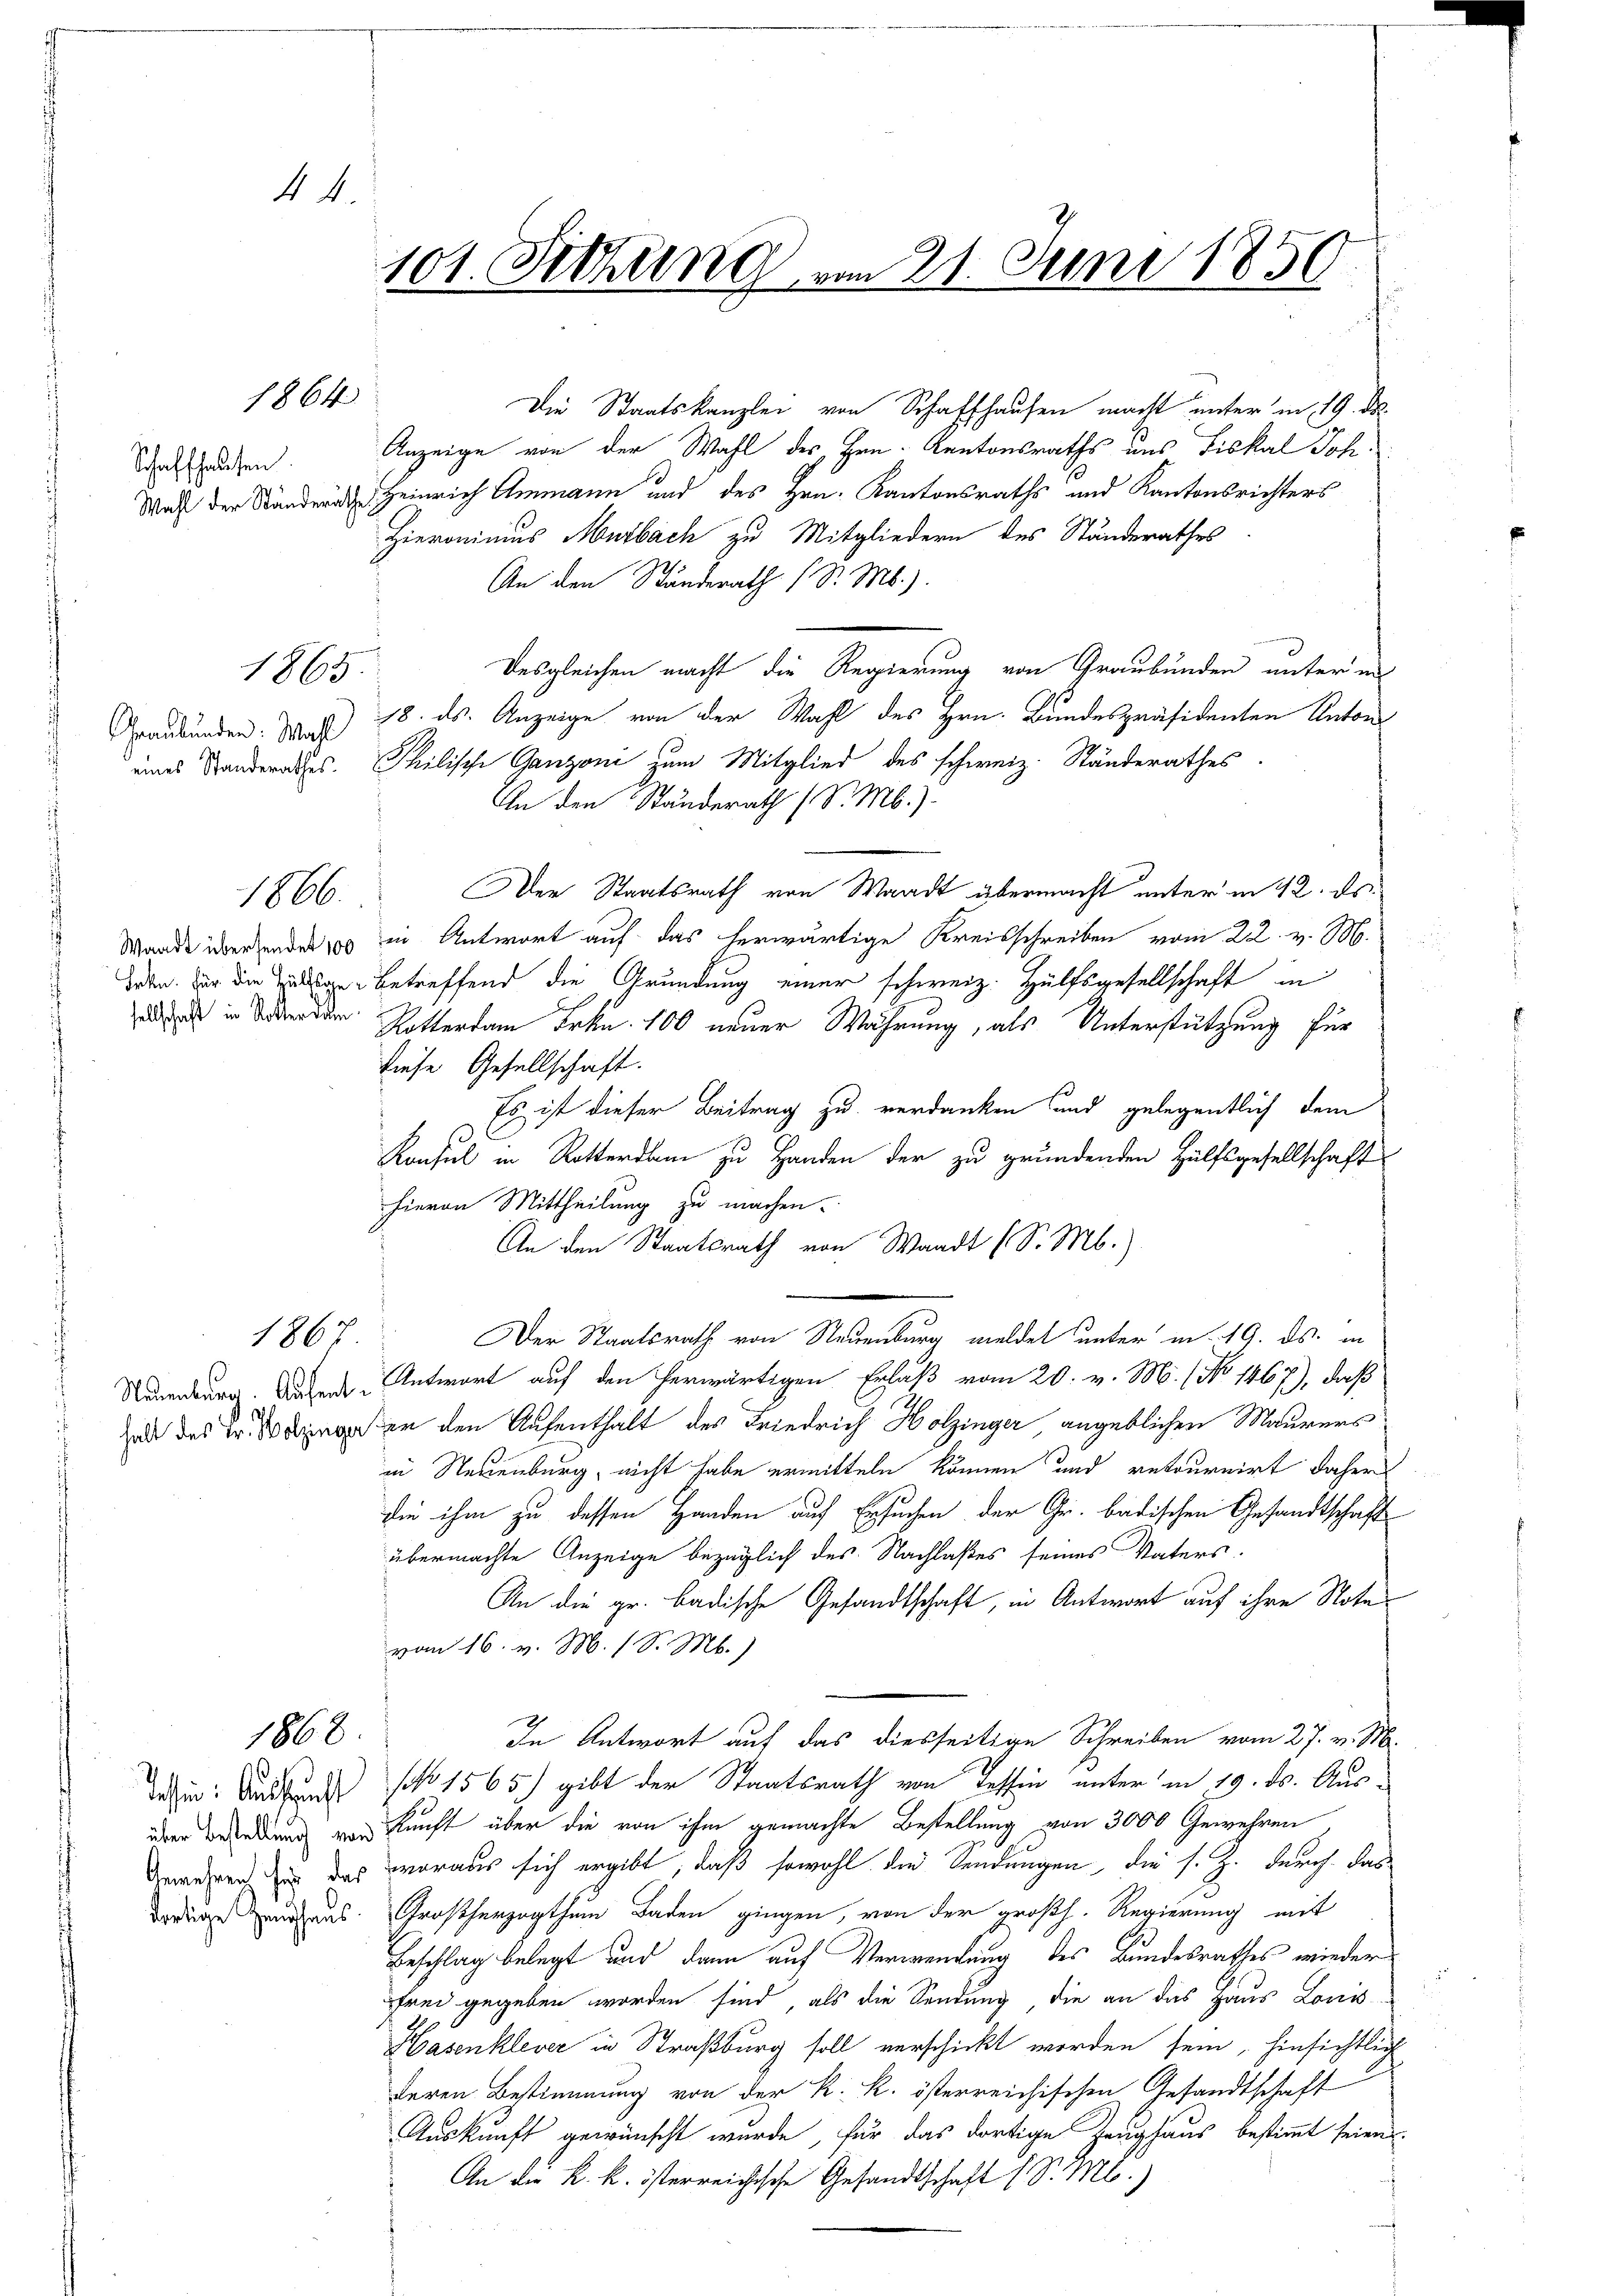
44.

Schaffhausen.

Graubünden: Wahl

1866.

.

101. Siehung vom 21. Juni 1850

1864

1865.

1867

Die Staatskanzlei von Schaffhausen macht unter in 19. d.
Anzeige von der Wahl des Hen-Kantonsraths uns Fiskal Joh
J
Was der Ständern Heinrich Ammann und des Hrn. Kantonsraths und Kantonsrichters
Hieronimus Murbach zu Mitgliedern des Standerathes
An den Ständerath (S. M.).

Desgleichen macht die Regierung von Graubünden unter ei
18. ds. Anzeige von der Wahl des Hrn. Bundespräsidenten Anton
eines Standerathes. Philische Ganzoni zum Mitglied des schweiz. Ständerathes
An den Standerath (S. Mb.).
Der Staatsrath von Waadt übermacht unter in 42. ds.
Marde überzende es in Antwort auf das herwärtige Kreisschreiben vom 22. v. M.
deten der die Zellen betreffend die Gründung einer schweiz. Hülfsgesellschaft in
i in der der Rotterdam Frkn. 100 neuer Wahrung, als Unterstützung für
diese Gesellschaft.
Es ist dieser Beitrag zu verdanken und gelegentlich dem
Konsul in Rotterdam zu Handen der zu gründenden Hülfsgesellschaft
hievon Mittheilung zu machen.
An den Staatsrath von Waadt (S. M.)
Der Staatsrath von Neuenburg meldet unter u. 19. ds. in
Neuenburg. Dieser Antwort auf den herwärtigen Erlaß vom 20. v. M. (No 1467), daß
ad des en den Aufenthalt des Friedrich Holzinger angeblichen Maurers
in Neuenburg, nicht habe ermitteln können und retournirt daher
die ihm zu dessen Handen auf Ersuchen der Gr. badischen Gesandtschaft
übermachte Anzeige bezüglich des Nachlaßes seines Vaters.
An die gr. badische Gesandtschaft, in Antwort auf ihre Note
vom 16. v. M. (S. M.)
In Antwort auf das diesseitige Schreiben vom 27. v. M.
dahin: Bausung No 1565) gibt der Staatsrath von Tessin unter im 19. ds. Ausüber Beredung von Kunft über die von ihm gemachte Bestellung von 3000 Gewehren
Gewehren er das woraus sich ergibt, daß sowohl die Sendungen, die s. Z. durch das
borge aus Großherzogthum Baden gingen, von der großh. Regierung mit
Beschlag belegt und dann auf Verwendung des Bundesrathes wieder
frei gegeben worden sind, als die Sendung die an das Haus Louis-
1
Hasenklever in Straßburg soll verschickt worden sein, hinsichtlich
deren Bestimmung von der k. k. österreichischen Gesandtschaft
Auskunft gewünscht wurde, für das dortige Zeughaus bestimmt seien
An der K. k. österreichische Gesandtschaft (S. M.)

1868